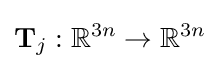
\mathbf {T} _{j}:\mathbb {R} ^{3n}\rightarrow \mathbb {R} ^{3n}